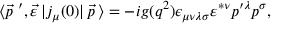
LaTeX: \langle { \vec { p } } \; ^ { \prime } , \vec { \varepsilon } \, | j _ { \mu } ( 0 ) | \, \vec { p } \, \rangle = - i g ( q ^ { 2 } ) \epsilon _ { \mu \nu \lambda \sigma } \varepsilon ^ { * \nu } p ^ { \prime \lambda } p ^ { \sigma } ,